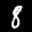
Label: 8